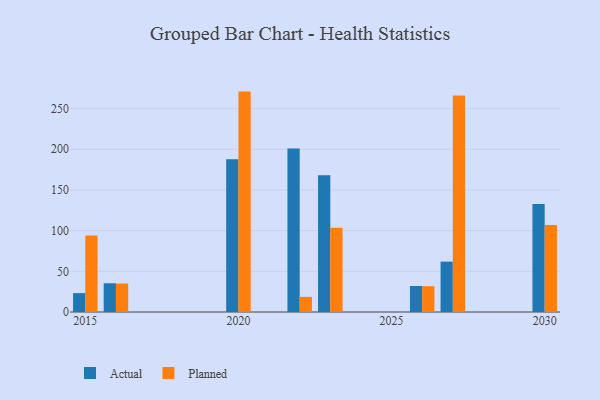
{"axis": {"x": "Year", "y": "Market Share (%)"}, "legend": ["Actual", "Planned"], "data": [{"x": "2016", "y": 35.3, "type": "Actual"}, {"x": "2016", "y": 35.0, "type": "Planned"}, {"x": "2015", "y": 23.2, "type": "Actual"}, {"x": "2015", "y": 94.1, "type": "Planned"}, {"x": "2022", "y": 200.9, "type": "Actual"}, {"x": "2022", "y": 18.6, "type": "Planned"}, {"x": "2027", "y": 61.9, "type": "Actual"}, {"x": "2027", "y": 266.0, "type": "Planned"}, {"x": "2023", "y": 168.1, "type": "Actual"}, {"x": "2023", "y": 103.5, "type": "Planned"}, {"x": "2030", "y": 132.8, "type": "Actual"}, {"x": "2030", "y": 106.9, "type": "Planned"}, {"x": "2026", "y": 32.0, "type": "Actual"}, {"x": "2026", "y": 31.7, "type": "Planned"}, {"x": "2020", "y": 187.8, "type": "Actual"}, {"x": "2020", "y": 270.9, "type": "Planned"}]}